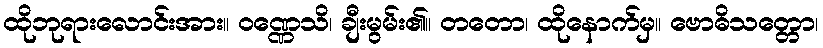
ထိုဘုရားလောင်းအား။ ဝဏ္ဏေသိ၊ ချီးမွမ်း၏။ တတော၊ ထိုနောက်မှ။ ဗောဓိသတ္တော၊